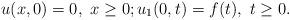
LaTeX: \begin{align*}u(x,0)=0, \,\, x \geq 0; u_1(0,t)=f(t), \,\, t \geq 0.\end{align*}